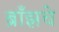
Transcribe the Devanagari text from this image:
ब्राँझचे